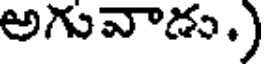
అగువాడు.)